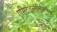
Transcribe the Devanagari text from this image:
एसिटाइल्सैलिसिलिक